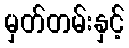
မှတ်တမ်းနှင့်